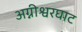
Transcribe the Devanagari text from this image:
अग्नीश्वरघाट